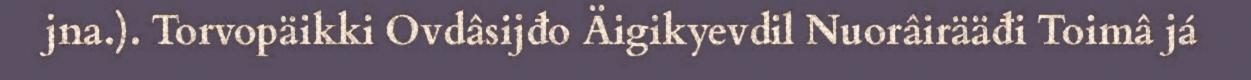
jna.). Torvopäikki Ovdâsijđo Äigikyevdil Nuorâirääđi Toimâ já